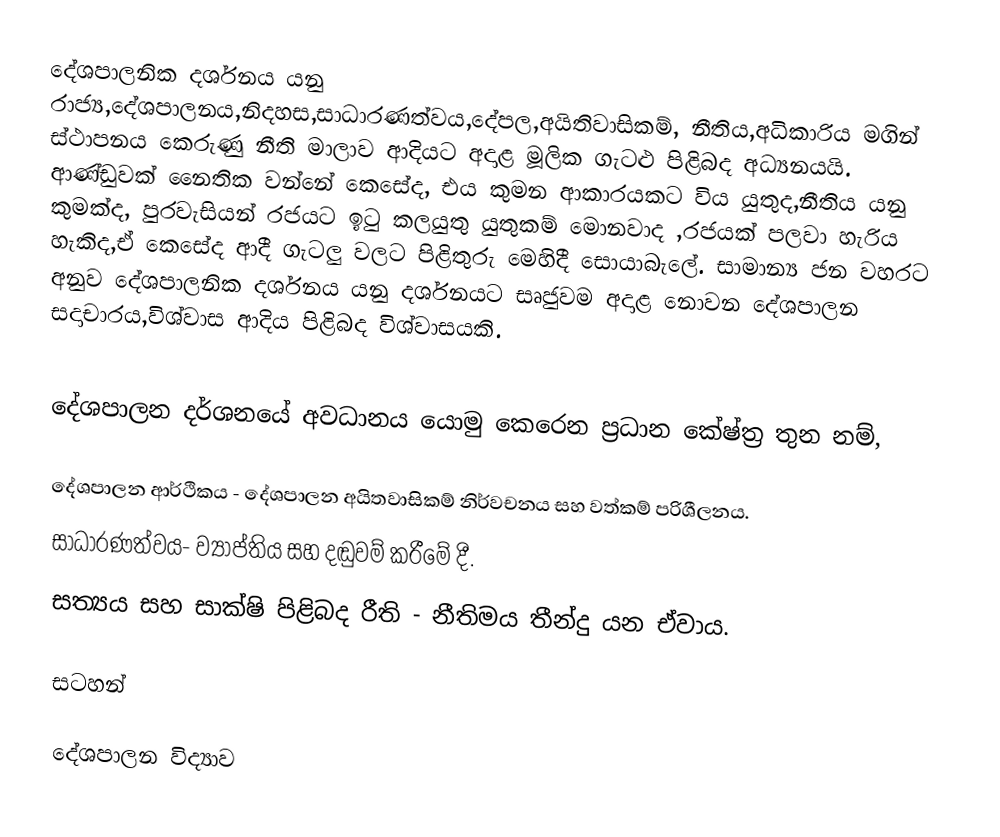
දේශපාලනික දර්ශනය යනු රාජ්‍ය,දේශපාලනය,නිදහස,සාධාරණත්වය,දේපල,අයිතිවාසිකම්, නීතිය,අධිකාරිය මගින් ස්ථාපනය කෙරුණු නීති මාලාව ආදියට අදාළ මූලික ගැටළු පිළිබද අධ්‍යනයයි. ආණ්ඩුවක් නෛතික වන්නේ කෙසේද, එය කුමන ආකාරයකට විය යුතුද,නීතිය යනු කුමක්ද, පුරවැසියන් රජයට ඉටු කලයුතු යුතුකම් මොනවාද ,රජයක් පලවා හැරිය හැකිද,ඒ කෙසේද ආදී ගැටලු වලට පිළිතුරු මෙහිදී සොයාබැලේ. සාමාන්‍ය ජන වහරට අනුව දේශපාලනික දර්ශනය යනු දර්ශනයට සෘජුවම අදාළ නොවන දේශපාලන සදාචාරය,විශ්වාස ආදිය පිළිබද විශ්වාසයකි.

දේශපාලන දර්ශනයේ අවධානය යොමු කෙරෙන ප්‍රධාන කේෂ්ත්‍ර තුන නම්,

දේශපාලන ආර්ථිකය - දේශපාලන අයිතවාසිකම් නිර්වචනය සහ වත්කම් පරිශීලනය.
සාධාරණත්වය- ව්‍යාප්තිය සහ දඬුවම් කරීමේ දී.
සත්‍යය සහ සාක්ෂි පිළිබද රීති - නීතිමය තීන්දු යන ඒවාය.

සටහන්

දේශපාලන විද්‍යාව